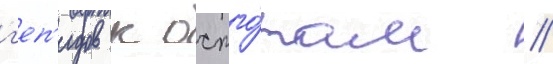
г'еп'идов к остго́там //